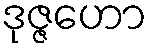
ဒုဇ္ဇဟော